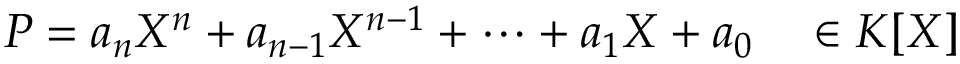
P = a _ { n } X ^ { n } + a _ { n - 1 } X ^ { n - 1 } + \dots + a _ { 1 } X + a _ { 0 } \quad \in K [ X ]